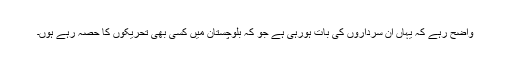
واضح رہے کہ یہاں ان سرداروں کی بات ہورہی ہے جو کہ بلوچستان میں کسی بھی تحریکوں کا حصہ رہے ہوں۔